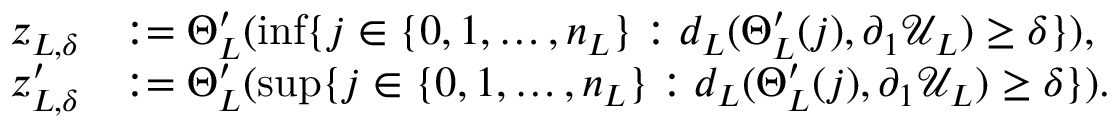
\begin{array} { r l } { z _ { L , \delta } } & { : = \Theta _ { L } ^ { \prime } ( \operatorname* { i n f } \{ j \in \{ 0 , 1 , \ldots , n _ { L } \} : d _ { L } ( \Theta _ { L } ^ { \prime } ( j ) , \partial _ { 1 } \mathcal { U } _ { L } ) \geq \delta \} ) , \; } \\ { z _ { L , \delta } ^ { \prime } } & { : = \Theta _ { L } ^ { \prime } ( \operatorname* { s u p } \{ j \in \{ 0 , 1 , \ldots , n _ { L } \} : d _ { L } ( \Theta _ { L } ^ { \prime } ( j ) , \partial _ { 1 } \mathcal { U } _ { L } ) \geq \delta \} ) . } \end{array}